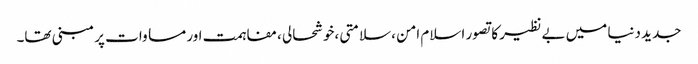
جدید دنیا میں بے نظیر کا تصور اسلام امن ،سلامتی ،خوشحالی ،مفاہمت اور مساوات پر مبنی تھا۔